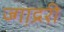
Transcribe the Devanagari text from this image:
ज्गा़द्ररी